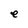
Character: e